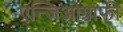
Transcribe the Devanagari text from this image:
एन्जिओग्राफी